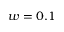
w = 0 . 1